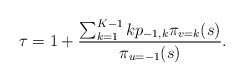
\begin{align*}\tau = 1+ \frac{\sum_{k = 1}^{K-1} k p_{-1,k} \pi_{v=k}(s)}{\pi_{u=-1}(s)}.\end{align*}